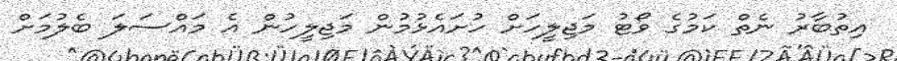
އިތުބާރު ނެތް ކަމުގެ ވޯޓު މަޖިލީހަށް ހުށައެޅުމުން މަޖިލީހުން އެ މައްސަލަ ބެލުމަށް